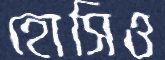
হোসিও